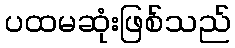
ပထမဆုံးဖြစ်သည်